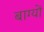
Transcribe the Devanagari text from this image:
बाग्यों